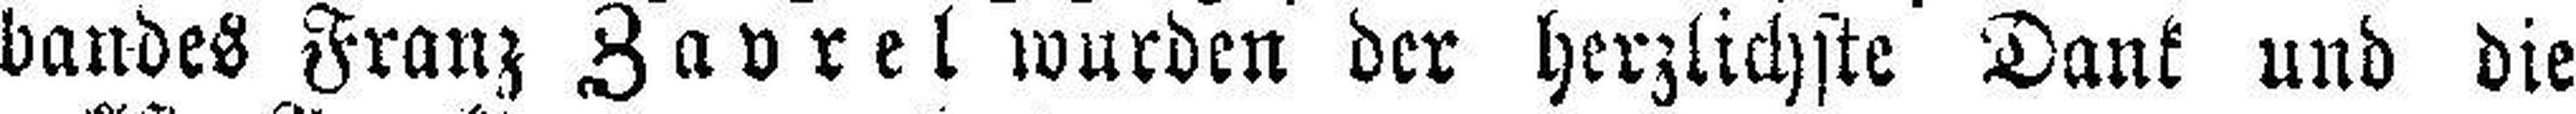
bandes Franz Zavrel wurden der herzlichste Dank und die